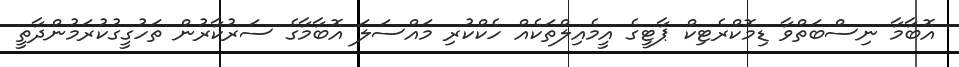
އޮބާމާ ނިސްބަތްވާ ޑިމޮކްރެޓިކް ޕާޓީގެ އީމެއިލްތަކެއް ހެކްކުރި މައްސަލަ އޮބާމާގެ ސަރުކާރުން ތަހުގީގުކުރަމުންދާތީ